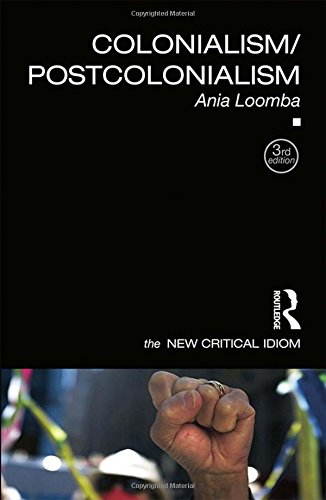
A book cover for Colonialism/Postcolonialism (The New Critical Idiom); Ania Loomba; Politics & Social Sciences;